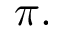
\pi .